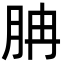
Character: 䏥